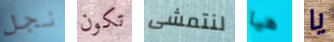
نجل تكون لنتمشى هيا يا